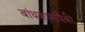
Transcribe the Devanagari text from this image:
बांधकामांपैकी